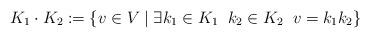
LaTeX: \begin{align*}K_1 \cdot K_2 := \{v \in V \mid \exists k_1 \in K_1 \; \; k_2 \in K_2\;\; v = k_1k_2\}\end{align*}